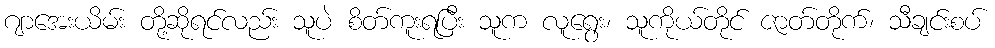
ဂျာအေးယိမ်း တို့ဆိုရင်လည်း သူပဲ စိတ်ကူးရပြီး သူက လူရွေး၊ သူကိုယ်တိုင် ဇာတ်တိုက်၊ သီချင်းစပ်